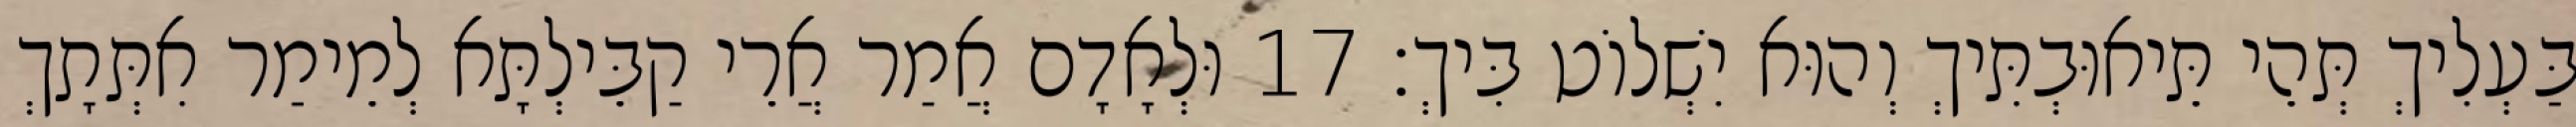
בַּעְלִיךְ תְּהֵי תֵּיאוּבְתִּיךְ וְהוּא יִשְׁלוֹט בִּיךְ׃ 17 וּלְאָדָם אֲמַר אֲרֵי קַבֵּילְתָּא לְמֵימַר אִתְּתָךְ